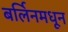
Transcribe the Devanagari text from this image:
बर्लिनमधून